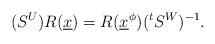
LaTeX: \begin{align*} (S^U) R (\underline{x}) = R(\underline{x}^\phi)({}^tS^W)^{-1}. \end{align*}